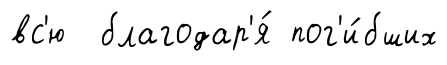
вс'ю благодар'я́ пог'и́бших